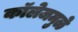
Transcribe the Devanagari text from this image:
कॉलेजमुळे